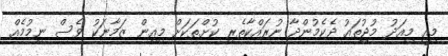
މިއީ މިއަދު މުޖުތައު ދެކެމުންދާ ނުރައްކާތެރި ކުށްތަކަށް މިއިން ޒަމާނަކު ވެސް ނިމުމެއް